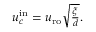
\begin{array} { r } { u _ { c } ^ { \mathrm { i n } } = u _ { \mathrm { r o } } \sqrt { \frac { \xi } { d } } . } \end{array}